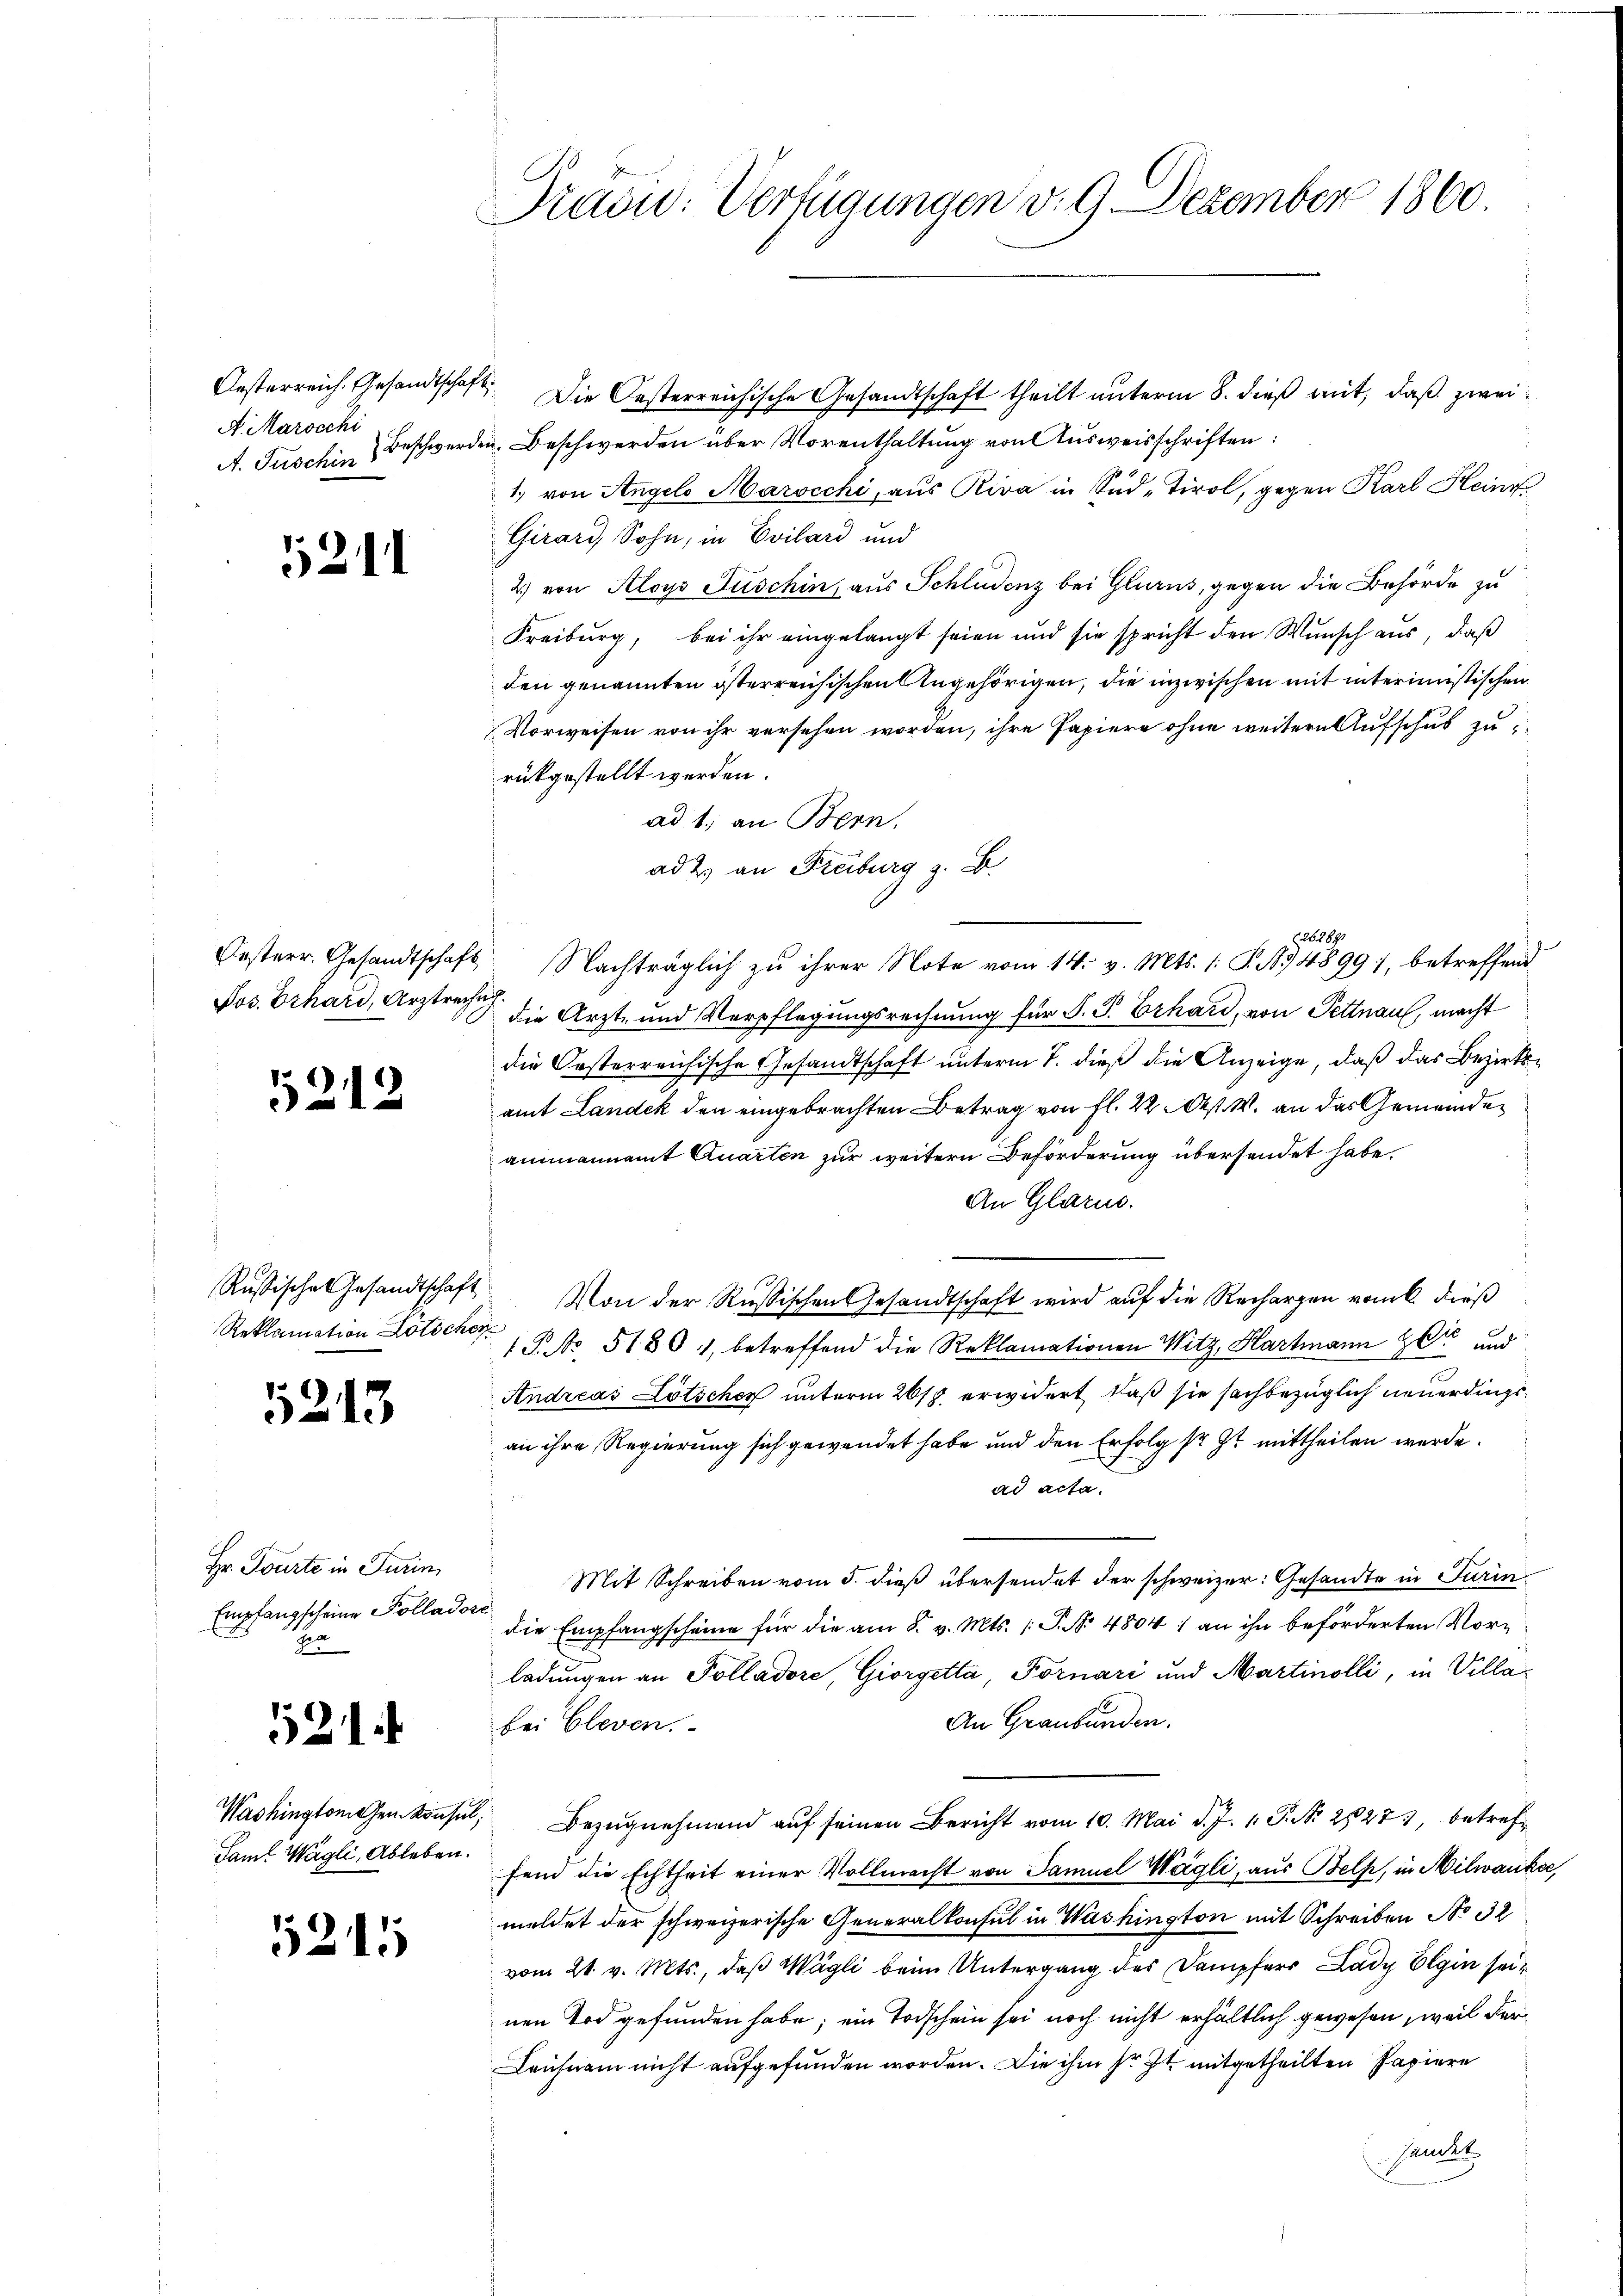
A. Marscchi

521

Oesterr. Gesandtschaft
Pos. Erhard, Arztrechu

5212

Rußisches Gesandtschaft
Reklamation Lötscher

213

Hr. Tourte in Turin
Empfangscheine Kollad¬
Ja

521.

Washingtomischen Konse
Samt Wägli, Ableben.

5211

Pradu: Verfügungen v. 9. Dezember 1860.

Oesterreich. Gesandtschaft. Die Oesterreichische Gesandtschaft theilt unterm 8. dieß mit, daß zwei
A. Tuschin) Beschwerden. Beschwerden über Vorenthaltung von Ausweisschriften:
1) von Angelo Marocchi, aus Riva in Süd-Tirol, gegen Karl Hein¬
Girard, Sohn, in Evilard und
2) von Aloys Juschin, aus Schludenz bei Glarus, gegen die Behörde zu
Freiburg, bei ihr eingelangt seien und sie spricht den Wunsch aus, daß
den genannten österreichischen Angehörigen, die inzwischen mit interimistischen
Vorweisen von ihr versehen worden, ihre Papiere ohne weitere Aufschub zurükgestellt werden.
ad 1. an Bern.
ad 2. an Freiburg z. B.

 Nachträglich zu ihrer Note vom 14. v. Mts. (T.134899), betreffend
die Arzt- und Verpflegungsrechnung für J. J. Erhard, von Pettnau, macht
die Oesterreichische Gesandtschaft unterm 7. dieß die Anzeige, daß das Bezirksamt Landek den eingebrachten Betrag von fl. 22. Oest. W. an das Gemeindeammannamt Quarten zur weitern Beförderung übersendet habe.
An Glarus.
Von der Russischen Gesandtschaft wird auf die Rechargen vom 6. dieß
29
1 P. No. 51801, betreffend die Reklamationen Witz, Hartmann Herr und
Andreas Lötscher unterm 26/7 erwidert, daß sie sachbezüglich neuerdingsan ihre Regierung sich gewendet habe und den Erfolg sr. Zt. mittheilen werde.
ad acta.
Mit Schreiben vom 5. dieß übersendet der schweizer: Gesandte in Turin
die Empfangscheine für die am 5. v. Mts. (T. No 4804) an ihn beförderten Vorladungen an Polladore, Giorgetta, Fornari und Martinolli, in Villa¬
An Graubünden.
bei Cleven.
 Bezugnehmend auf seinen Bericht vom 10. Mai d. J. 1. P. Nr. 28273, betreffend die Echtheit einer Vollmacht von Samuel Wägli, aus Belf, in Milwanke,
meldet der schweizerische Generalkonsul in Washington mit Schreiben No 32
vom 21. v. Mts., daß Wägli beim Untergang des Dampfers Lady Ein seinen Tod gefunden habe; ein Todschein sei noch nicht erhältlich gewesen, weil der
Leichnam nicht aufgefunden worden. Die ihm sr. Zt. mitgetheilten Papiere
Gauder